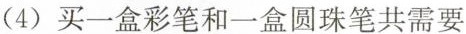
(4)买一盒彩笔和一盒圆珠笔共需要